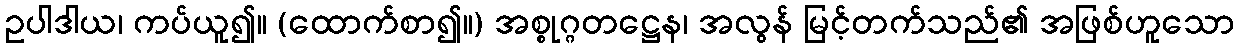
ဥပါဒါယ၊ ကပ်ယူ၍။ (ထောက်စာ၍။) အစ္စုဂ္ဂတဋ္ဌေန၊ အလွန် မြင့်တက်သည်၏ အဖြစ်ဟူသော